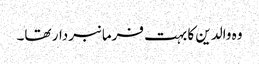
وہ والدین کا بہت فرمانبردار تھا۔